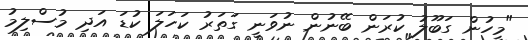
"މީހުން ގަބޫލު ކުރަން ބޭނުން ނުވަނީ ގަތަރު ކަހަލަ ކުޑަ އަދި މުސްލިމު